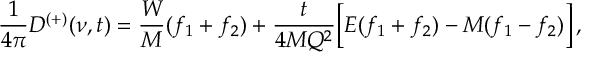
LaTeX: { \frac { 1 } { 4 \pi } } D ^ { ( + ) } ( \nu , t ) = { \frac { W } { M } } ( f _ { 1 } + f _ { 2 } ) + { \frac { t } { 4 M Q ^ { 2 } } } \biggl [ E ( f _ { 1 } + f _ { 2 } ) - M ( f _ { 1 } - f _ { 2 } ) \biggr ] \, ,